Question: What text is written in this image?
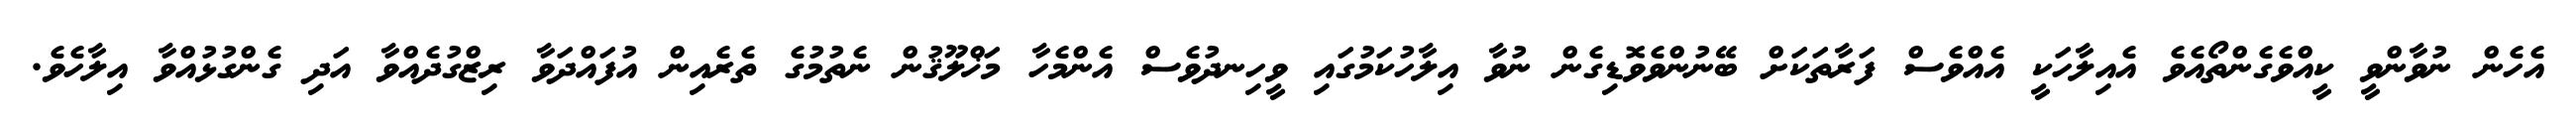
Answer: އެހެން ނުވާންވީ ކީއްވެގެންތޯއެވެ އެއިލާހަކީ އެއްވެސް ފަރާތަކަށް ބޭނުންވެވޮޑިގެން ނުވާ އިލާހުކަމުގައި ވީހިނދުވެސް އެންމެހާ މަޚްލޫޤުން ނެތުމުގެ ތެރެއިން އުފައްދަވާ ރިޒްގުދެއްވާ އަދި ގެންގުޅުއްވާ އިލާހެވެ.